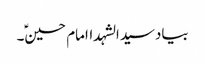
بیادسیدالشہداامام حسینؑ۔